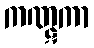
ကဏ္ဋကာ